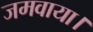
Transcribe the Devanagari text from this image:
जमवाया।